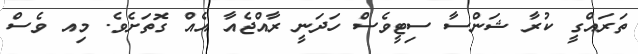
ތަރައްގީ ކުރާ ޝަންސާ ސިޓީވެސް ހަދަނީ ރާއްޖެއާ އެއް ގޮތަށެވެ. މިއ ވެސް